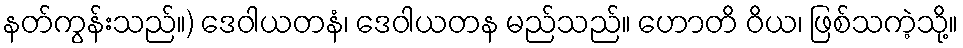
နတ်ကွန်းသည်။) ဒေဝါယတနံ၊ ဒေဝါယတန မည်သည်။ ဟောတိ ဝိယ၊ ဖြစ်သကဲ့သို့။